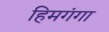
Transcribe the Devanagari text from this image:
हिमगंगा